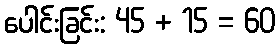
ပေါင်းခြင်း: 45 + 15 = 60